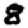
Digit: 8